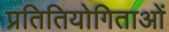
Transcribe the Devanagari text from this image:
प्रतितियोगिताओं